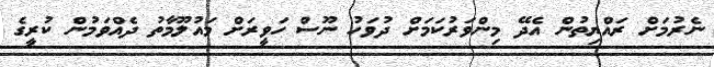
ނެރުމަށް ރައްޔިތުން އެދޭ މިންވަރުކަމަށް ދުވަހު ނޫސް ހަވީރަށް މައުލޫމާތު ދެއްވަމުން ކުރީގެ